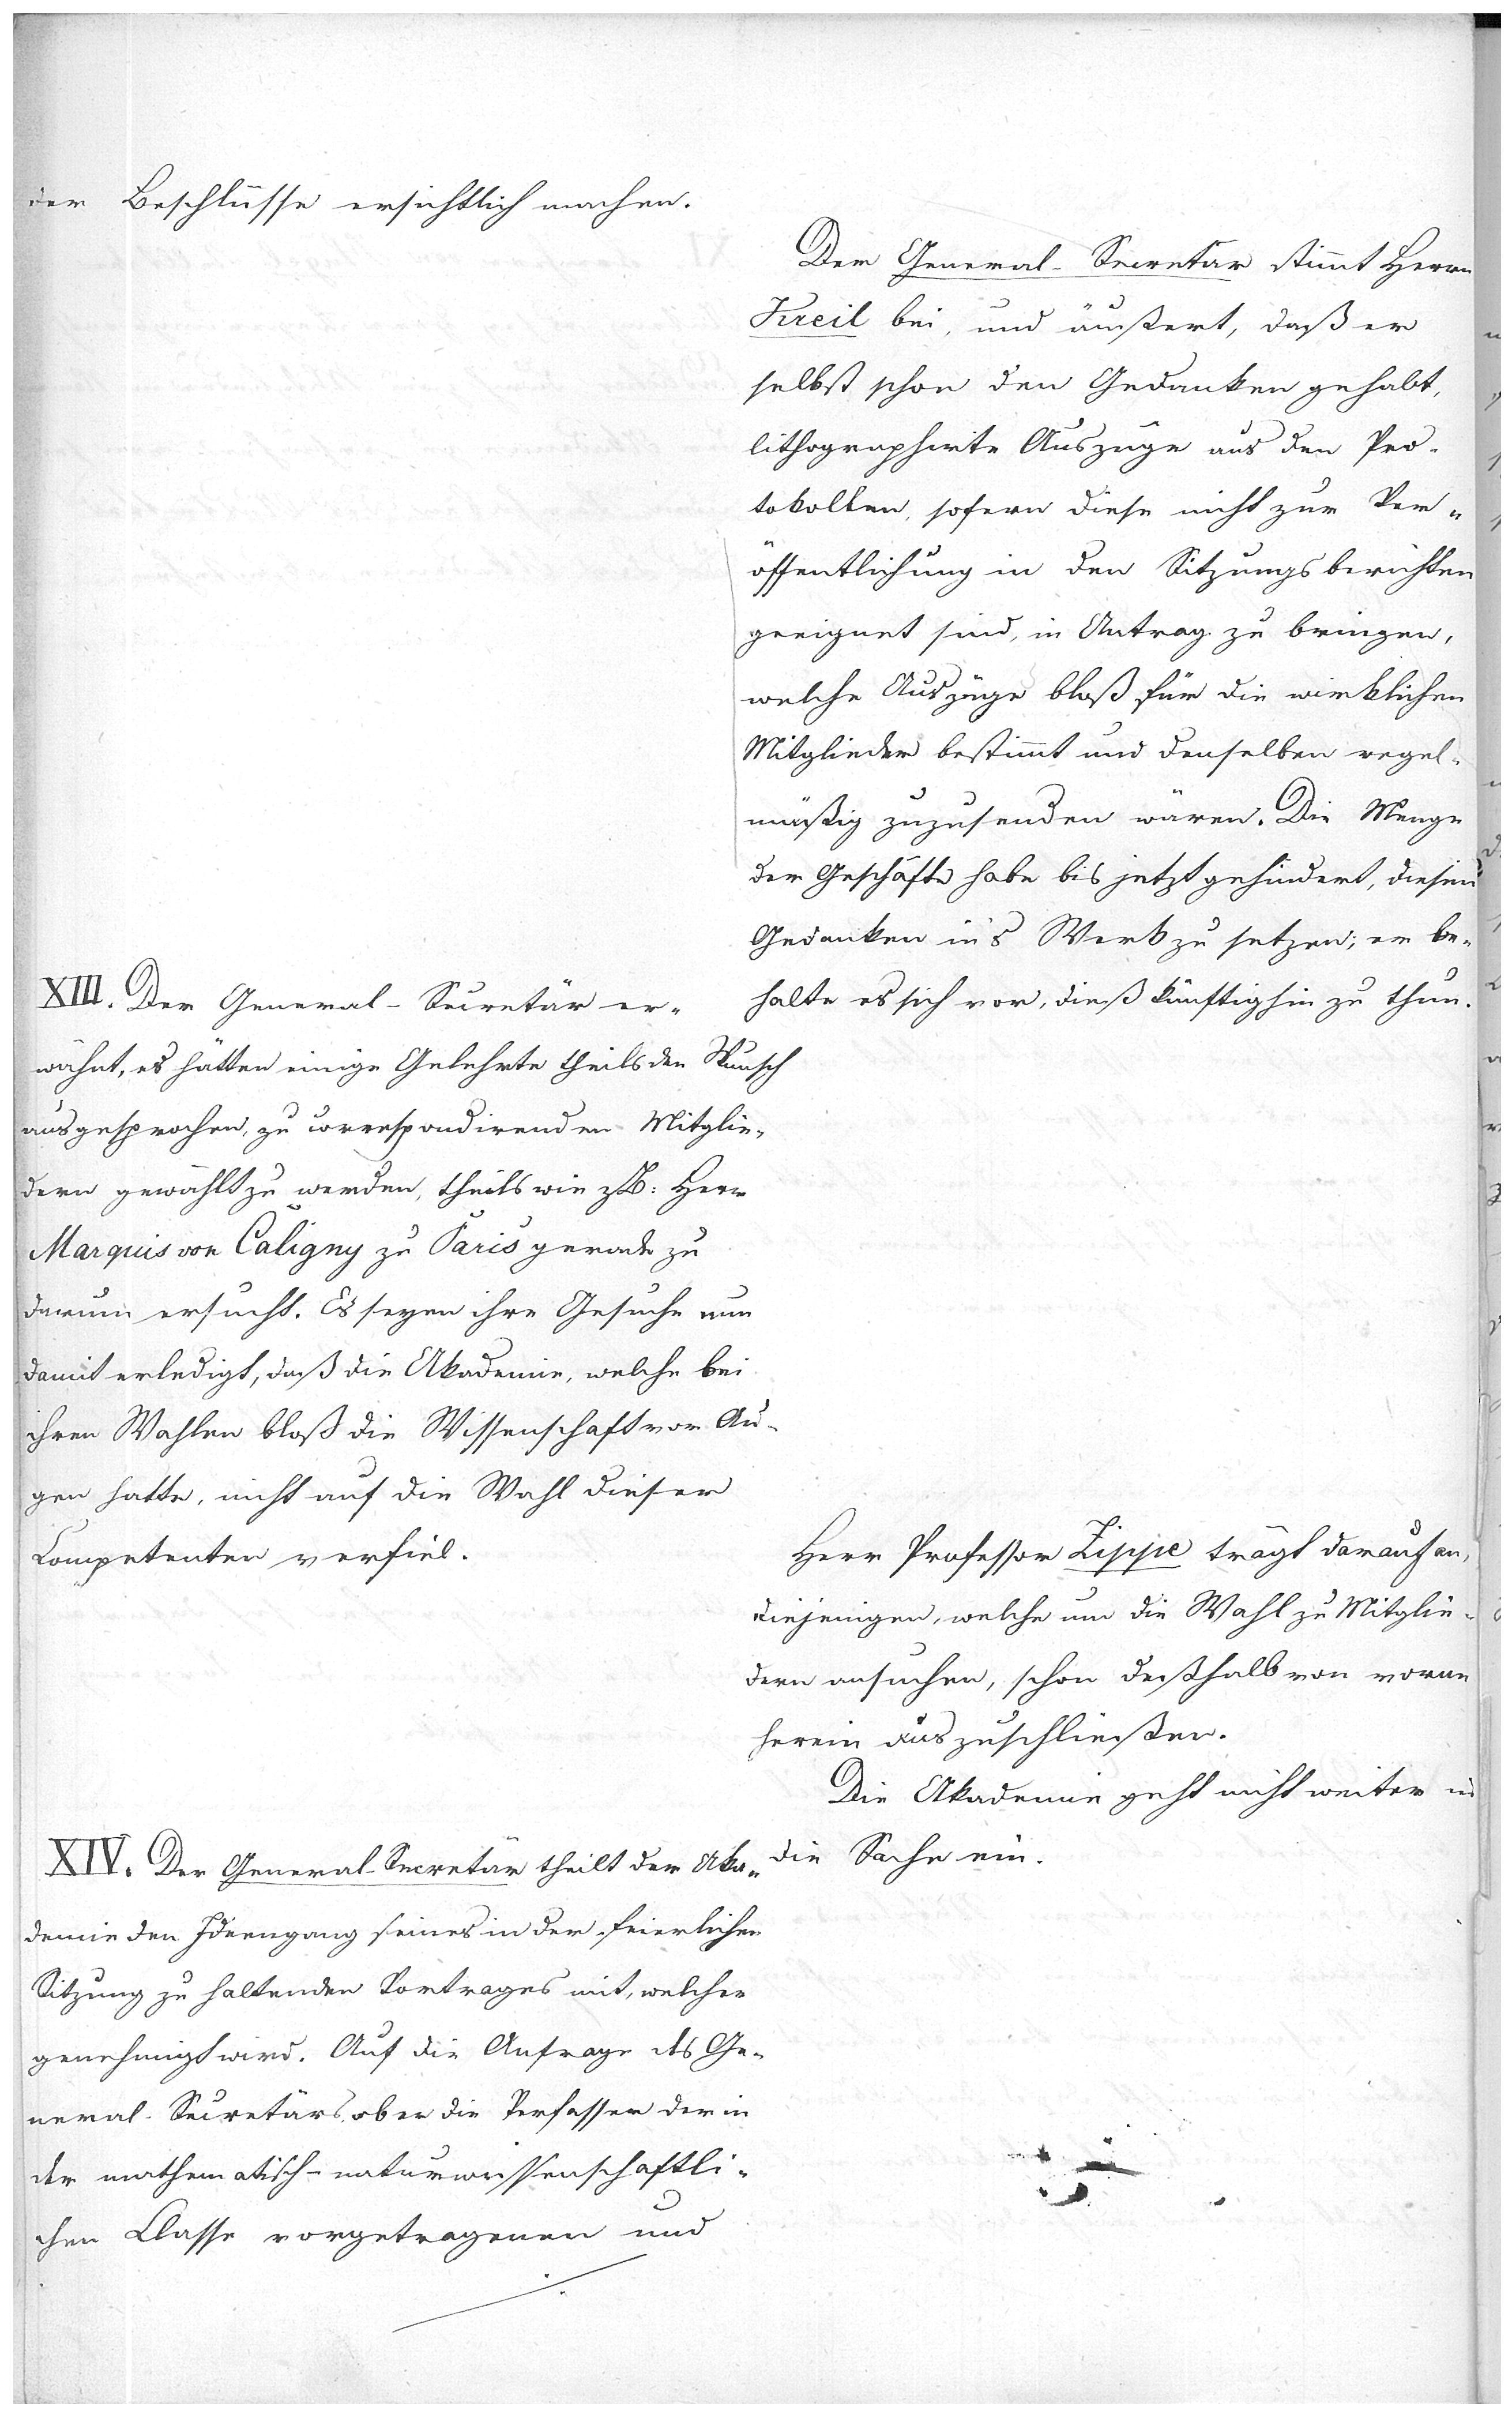
der Beschlüsse ersichtlich machen.

Der General-Secretär stimmt Herrn
Kreil bei, und äußert, daß er
selbst schon den Gedanken gehabt,
lithographirte Auszüge aus den Pro-
tokollen, sofern dise nicht zur Ver-
öffentlichung in den Sitzungsberichten
geeignet sind, in Antrag zu bringen,
welche Auszüge bloß für die wirklichen
Mitglieder bestimmt und denselben regel-
mäßig zuzusenden wären. Die Menge
der Geschäfte habe bis jetzt gehindert, diesen
Gedanken in's Werk zu setzen, er be-
halte es sich vor, dieß künftighin zu thun.

XIII. Der General-Secretär er-
wähnt, es hätten einige Gelehrte theils den Wunsch
ausgesprochen, zu correspondirenden Mitglie-
dern gewählt zu werden, theils wie zB: Herr
Marquis von Caligny zu Paris geradezu
darum ersucht. Es seyen ihre Gesuche nun
damit erledigt, daß die Akademie, welche bei
ihren Wahlen bloß die Wissenschaft vor Au-
gen hatte, nicht auf die Wahl dieser
Competenten verfiel.

Herr Professor Zippe trägt darauf an,
diejenigen, welche um die Wahl zu Mitglie-
dern ansuchen, schon deßhalb von vorne-
herein auszuschließen.

Die Akademie geht nicht weiter in
die Sache ein.

XIV. Der General-Secretär theilt der Aka-
demie den Ideengang seines in der feierlichen
Sitzung zu haltenden Vortrages mit, welcher
genehmigt wird. Auf die Anfrage des Ge-
neral-Secretärs, ob er die Verfasser der in
der mathematisch-naturwissenschaftli-
chen Classe vorgetragenen und